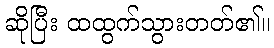
ဆိုပြီး ထထွက်သွားတတ်၏။